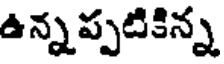
ఉన్నప్పటికిన్న